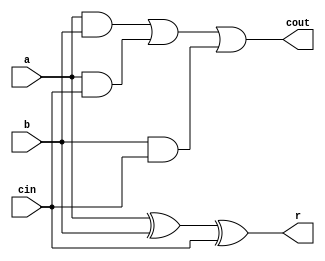
`timescale 1ns / 1ps
//////////////////////////////////////////////////////////////////////////////////
//////////////////////////////////////////////////////////////////////////////////
module fulladder_st(
output r, 
output cout, 
input a, 
input b, 
input cin
) ; 
	
assign r = (a ^ b) ^ (cin) ; 
assign cout = (a & b) | ( a & cin ) | ( b & cin ) ; 

endmodule